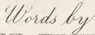
words by